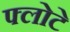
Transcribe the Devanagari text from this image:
फ्लोटे